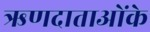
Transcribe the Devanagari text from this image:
ऋणदाताओंके